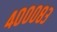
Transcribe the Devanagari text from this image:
४०००८३